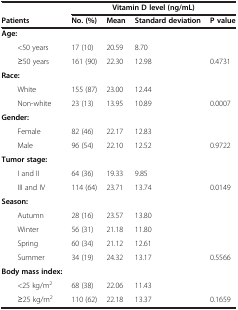
<table><thead><tr><td><b> </b></td><td colspan="4"><b>Vitamin D level (ng/mL)</b></td></tr><tr><td><b>Patients</b></td><td><b>No. (%)</b></td><td><b>Mean</b></td><td><b>Standard deviation</b></td><td><b>P value</b></td></tr></thead><tbody><tr><td><b>Age:</b></td><td> </td><td> </td><td> </td><td> </td></tr><tr><td>&lt;50 years</td><td>17 (10)</td><td>20.59</td><td>8.70</td><td> </td></tr><tr><td>≥50 years</td><td>161 (90)</td><td>22.30</td><td>12.98</td><td>0.4731</td></tr><tr><td><b>Race:</b></td><td> </td><td> </td><td> </td><td> </td></tr><tr><td>White</td><td>155 (87)</td><td>23.00</td><td>12.44</td><td> </td></tr><tr><td>Non-white</td><td>23 (13)</td><td>13.95</td><td>10.89</td><td>0.0007</td></tr><tr><td><b>Gender:</b></td><td> </td><td> </td><td> </td><td> </td></tr><tr><td>Female</td><td>82 (46)</td><td>22.17</td><td>12.83</td><td> </td></tr><tr><td>Male</td><td>96 (54)</td><td>22.10</td><td>12.52</td><td>0.9722</td></tr><tr><td><b>Tumor stage:</b></td><td> </td><td> </td><td> </td><td> </td></tr><tr><td>I and II</td><td>64 (36)</td><td>19.33</td><td>9.85</td><td> </td></tr><tr><td>III and IV</td><td>114 (64)</td><td>23.71</td><td>13.74</td><td>0.0149</td></tr><tr><td><b>Season:</b></td><td> </td><td> </td><td> </td><td> </td></tr><tr><td>Autumn</td><td>28 (16)</td><td>23.57</td><td>13.80</td><td> </td></tr><tr><td>Winter</td><td>56 (31)</td><td>21.18</td><td>11.80</td><td> </td></tr><tr><td>Spring</td><td>60 (34)</td><td>21.12</td><td>12.61</td><td> </td></tr><tr><td>Summer</td><td>34 (19)</td><td>24.32</td><td>13.17</td><td>0.5566</td></tr><tr><td><b>Body mass index:</b></td><td> </td><td> </td><td> </td><td> </td></tr><tr><td>&lt;25 kg/m<sup>2</sup></td><td>68 (38)</td><td>22.06</td><td>11.43</td><td> </td></tr><tr><td>≥25 kg/m<sup>2</sup></td><td>110 (62)</td><td>22.18</td><td>13.37</td><td>0.1659</td></tr></tbody></table>